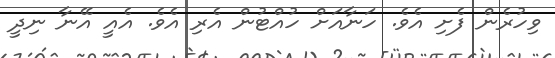
ވިހުރެން ފެށި އެވެ. ހަނާއަށް ހުއްޓުން އެރި އެވެ. އެއީ އޭނާ ނިދީ